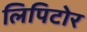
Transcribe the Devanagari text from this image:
लिपिटोर